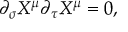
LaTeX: \partial _ { \sigma } X ^ { \mu } \partial _ { \tau } X ^ { \mu } = 0 ,